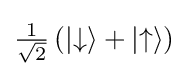
{\textstyle {\frac {1}{\sqrt {2}}}\left(\left|\downarrow \right\rangle +\left|\uparrow \right\rangle \right)}